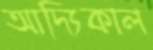
আদ্যিকাল